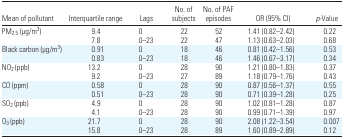
| Mean of pollutant | Interquartile range | Lags | No. of subjects | No. of PAF episodes | OR (95% CI) | p-Value |
 | --- | --- | --- | --- | --- | --- | --- |
 | PM2.5 (μg/m3) | 9.4 | 0 | 22 | 52 | 1.41 (0.82–2.42) | 0.22 |
 |  | 7.8 | 0–23 | 22 | 47 | 1.13 (0.63–2.03) | 0.68 |
 | Black carbon (μg/m3) | 0.91 | 0 | 18 | 46 | 0.81 (0.42–1.56) | 0.53 |
 |  | 0.83 | 0–23 | 18 | 46 | 1.46 (0.67–3.17) | 0.34 |
 | NO2 (ppb) | 13.2 | 0 | 28 | 90 | 1.21 (0.80–1.83) | 0.37 |
 |  | 9.2 | 0–23 | 27 | 89 | 1.18 (0.79–1.76) | 0.43 |
 | CO (ppm) | 0.58 | 0 | 28 | 90 | 0.87 (0.56–1.37) | 0.55 |
 |  | 0.51 | 0–23 | 28 | 90 | 0.71 (0.39–1.28) | 0.25 |
 | SO2 (ppb) | 4.9 | 0 | 28 | 90 | 1.02 (0.81–1.28) | 0.87 |
 |  | 4.1 | 0–23 | 28 | 90 | 0.99 (0.71–1.39) | 0.97 |
 | O3 (ppb) | 21.7 | 0 | 28 | 90 | 2.08 (1.22–3.54) | 0.007 |
 |  | 15.8 | 0–23 | 28 | 89 | 1.60 (0.89–2.89) | 0.12 |